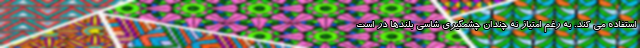
استفاده می کند. به رغم امتیاز نه چندان چشمگیری شاسی بلندها در است